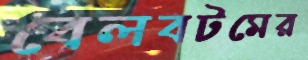
বেলবটমের